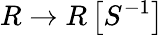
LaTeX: R\to R\left[S^{-1}\right]